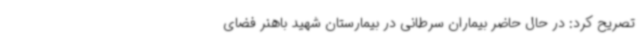
تصریح کرد: در حال حاضر بیماران سرطانی در بیمارستان شهید باهنر فضای